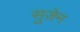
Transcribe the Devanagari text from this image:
सुज़ेन